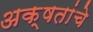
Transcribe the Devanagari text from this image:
अक्षतांचे